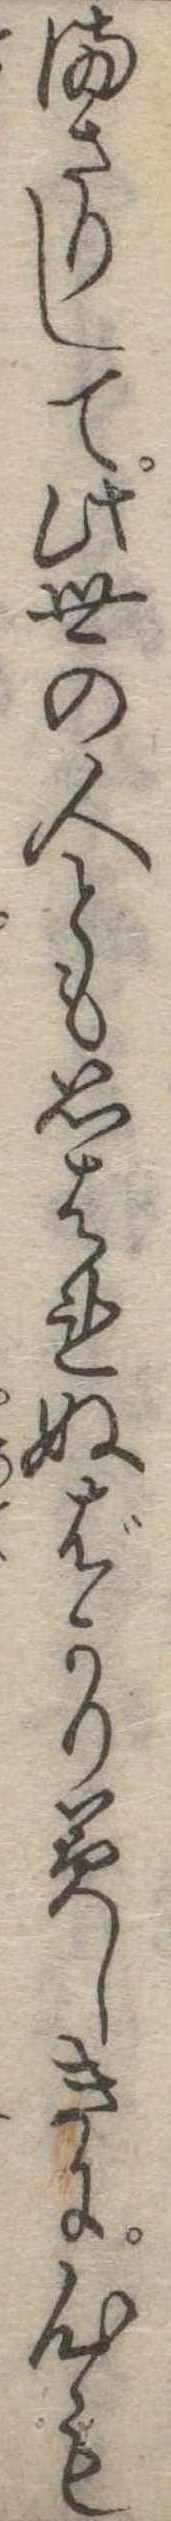
まさりして此世の人とも思はれぬばかり美しきに心も